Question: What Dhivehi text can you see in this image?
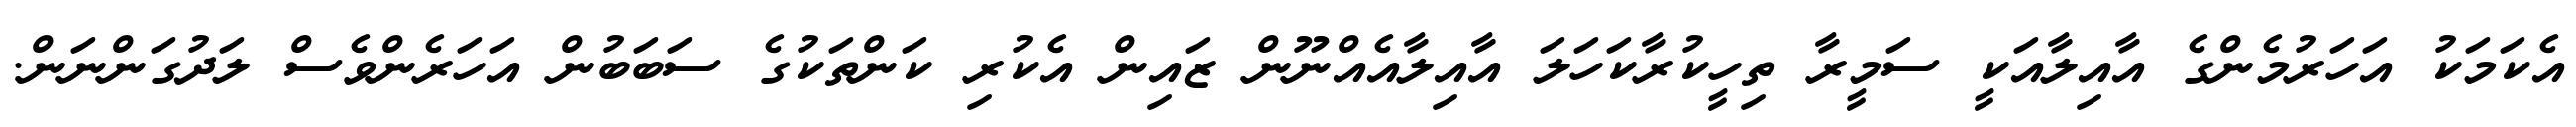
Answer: އެކަމަކު އަހަރުމެންގެ އާއިލާއަކީ ސަމީރާ ތިހީކުރާކަހަލަ އާއިލާއެއްނޫން ޒައިން އެކުރި ކަންތަކުގެ ސަބަބުން އަހަރެންވެސް ލަދުގަންނަން.